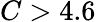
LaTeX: C>4.6